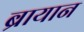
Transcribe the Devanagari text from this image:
ब्रायान